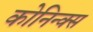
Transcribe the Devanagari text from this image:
कोनिन्क्स